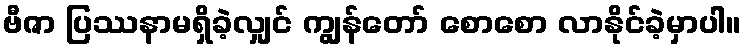
ဗီဇာ ပြဿနာမရှိခဲ့လျှင် ကျွန်တော် စောစော လာနိုင်ခဲ့မှာပါ။